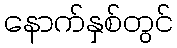
နောက်နှစ်တွင်